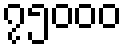
၇၅၀၀၀